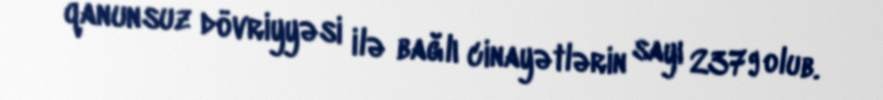
qanunsuz dövriyyəsi ilə bağlı cinayətlərin sayı 2379 olub.